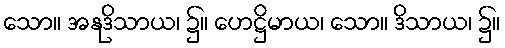
သော။ အနုဒိသာယ၊ ၌။ ဟေဋ္ဌိမာယ၊ သော။ ဒိသာယ၊ ၌။